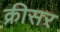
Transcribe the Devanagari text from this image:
क्रीसर